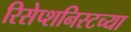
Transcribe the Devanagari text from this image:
रिसेप्शनिस्टच्या